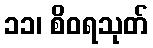
၁၁၊ စိဝရသုတ်